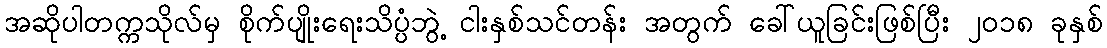
အဆိုပါတက္ကသိုလ်မှ စိုက်ပျိုးရေးသိပ္ပံဘွဲ့ ငါးနှစ်သင်တန်း အတွက် ခေါ်ယူခြင်းဖြစ်ပြီး ၂၀၁၈ ခုနှစ်